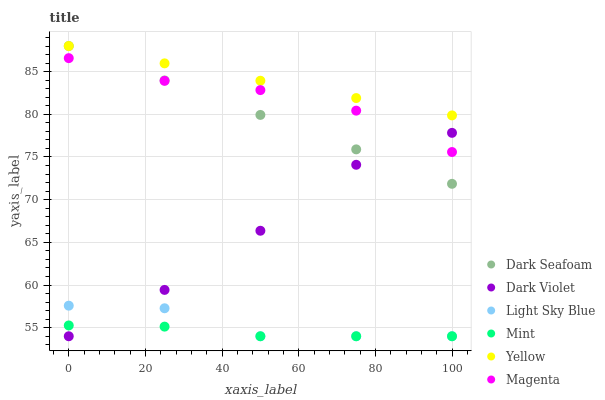
| xaxis_label | Dark Seafoam | Dark Violet | Light Sky Blue | Mint | Yellow | Magenta |
 | --- | --- | --- | --- | --- | --- | --- |
 | 0 | 88 | 54 | 57.6 | 55.3 | 88 | 86.6 |
 | 25 | 84 | 59.4 | 57.3 | 55.1 | 86 | 83.9 |
 | 50 | 79.9 | 66.4 | 54 | 54 | 83.9 | 82.8 |
 | 75 | 75.9 | 74.1 | 54 | 54 | 81.9 | 80.4 |
 | 100 | 71.9 | 77.8 | 54 | 54 | 79.9 | 75.6 |